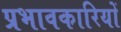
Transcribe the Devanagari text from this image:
प्रभावकारियों